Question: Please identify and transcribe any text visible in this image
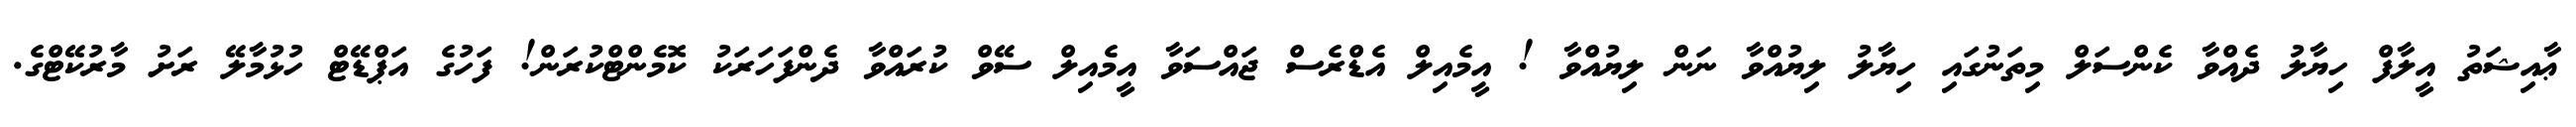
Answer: ޢާއިޝަތު އީލާފް ހިޔާލު ދެއްވާ ކެންސަލް މިތަނުގައި ހިޔާލު ލިޔުއްވާ ނަން ލިޔުއްވާ ! އީމެއިލް އެޑްރެސް ޖައްސަވާ އީމެއިލް ސޭވް ކުރައްވާ ދެންފަހަރަކު ކޮމެންޓްކުރަން! ފަހުގެ އަޕްޑޭޓް ހުޅުމާލޭ ރަށު މާރުކޭޓްގެ.